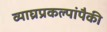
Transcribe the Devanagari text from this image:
व्याघ्रप्रकल्पांपैकी